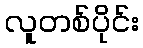
လူတစ်ပိုင်း